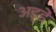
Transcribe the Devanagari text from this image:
अड्डें